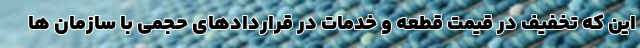
این که تخفیف در قیمت قطعه و خدمات در قراردادهای حجمی با سازمان ها